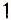
1